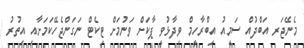
މެނޭޖަރ އަބްދުއް ސަމީއު އިބްރާހީމް ވިދާޅުވީ ޕާކަށް ވަނުމަށް ޓިކެޓް ނަގަންޖެހޭކަމަށާއި އިތުރު